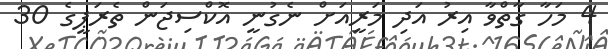
4 މަހާ ގާތްވާ އިރު އަދި މަރީއަށް ނެގުނީ އޮކްސިޖަން ތެރަޕީގެ 30